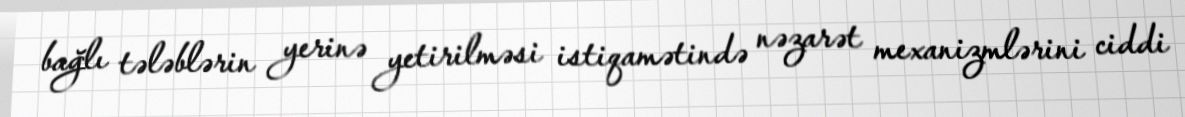
bağlı tələblərin yerinə yetirilməsi istiqamətində nəzarət mexanizmlərini ciddi